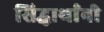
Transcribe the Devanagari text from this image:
सिद्धार्थांनी